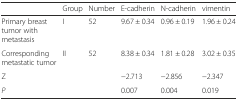
<table><thead><tr><td></td><td><b>Group</b></td><td><b>Number</b></td><td><b>E-cadherin</b></td><td><b>N-cadherin</b></td><td><b>vimentin</b></td></tr></thead><tbody><tr><td>Primary breast tumor with metastasis</td><td>I</td><td>52</td><td>9.67 ± 0.34</td><td>0.96 ± 0.19</td><td>1.96 ± 0.24</td></tr><tr><td>Corresponding metastatic tumor</td><td>II</td><td>52</td><td>8.38 ± 0.34</td><td>1.81 ± 0.28</td><td>3.02 ± 0.35</td></tr><tr><td>Z</td><td></td><td></td><td>−2.713</td><td>−2.856</td><td>−2.347</td></tr><tr><td><i>P</i></td><td></td><td></td><td>0.007</td><td>0.004</td><td>0.019</td></tr></tbody></table>